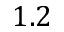
1 . 2